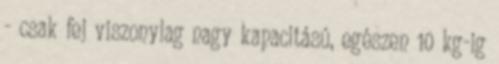
- csak fej viszonylag nagy kapacitású, egészen 10 kg-ig